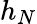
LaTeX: h_{N}